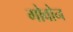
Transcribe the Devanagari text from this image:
गोवोन